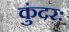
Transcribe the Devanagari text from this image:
कुंदरः